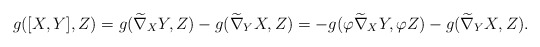
\begin{align*}g([X,Y],Z)=g(\widetilde\nabla_{X}Y,Z)-g(\widetilde\nabla_{Y}X,Z)=-g(\varphi\widetilde\nabla_{X}Y,\varphi Z)-g(\widetilde\nabla_{Y}X, Z).\end{align*}